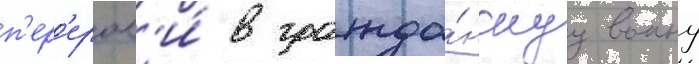
п'ер'еросл'и́ в гражда́нскуу воину